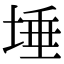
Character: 埵